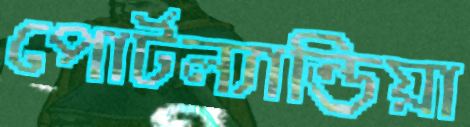
পোর্টল্যান্ডিয়া